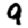
Digit: 9